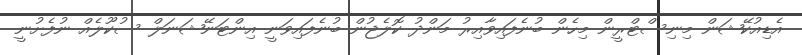
އެޑިއުކޭޝަން މިނިސްޓްރީން މިހެން ބުނެފައިވާއިރު މަންދު ކޮލެޖުން ބުނެފައިވަނީ އިންޓަނޭޝަނަލް ސުކޫލެއް ނުފެށުނީ